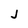
Character: J